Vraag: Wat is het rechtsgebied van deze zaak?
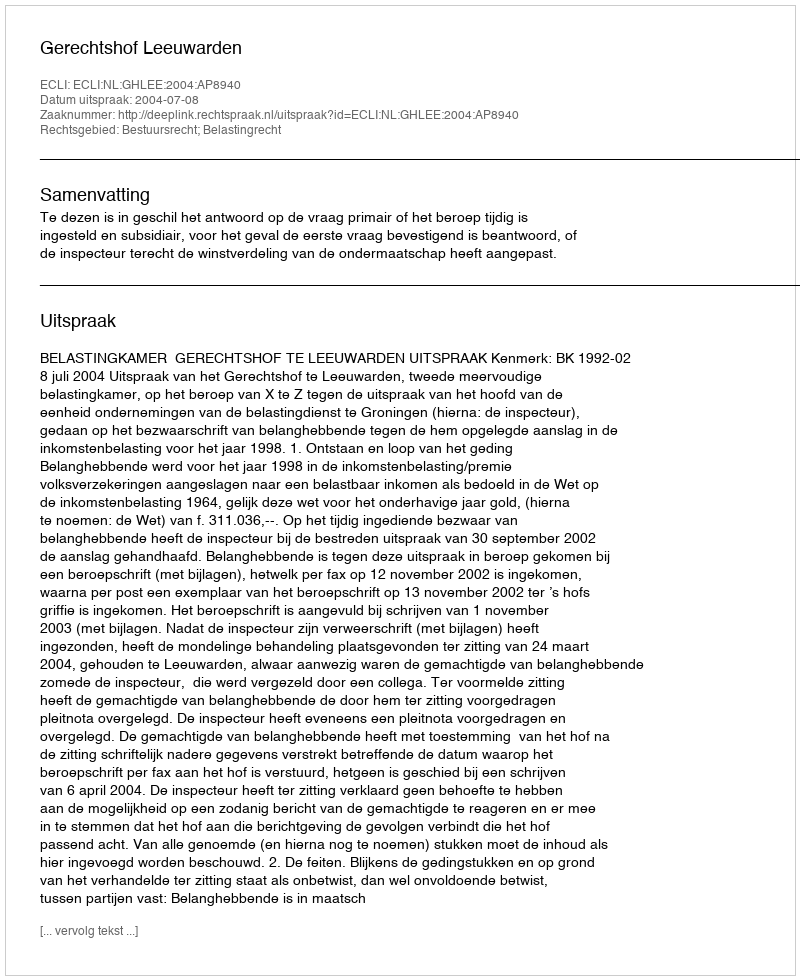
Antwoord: Bestuursrecht; Belastingrecht